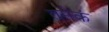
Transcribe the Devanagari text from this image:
तमेकं